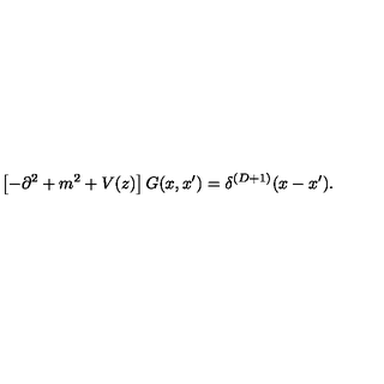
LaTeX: \left[ - \partial ^ { 2 } + m ^ { 2 } + V ( z ) \right] G ( x , x ^ { \prime } ) = \delta ^ { ( D + 1 ) } ( x - x ^ { \prime } ) .